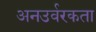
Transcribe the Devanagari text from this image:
अनउर्वरकता